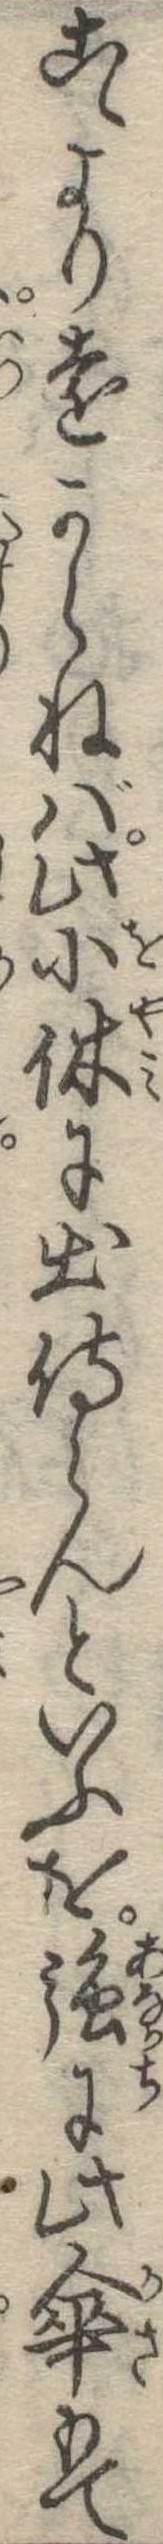
こゝより遠からねば此小休に出侍らんといふを強に此傘もて